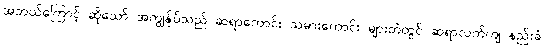
အဘယ်ကြောင့် ဆိုသော် အကျွန်ုပ်သည် ဆရာကောင်း သမားကောင်း များထံတွင် ဆရာလက်ကျ နည်းခံ